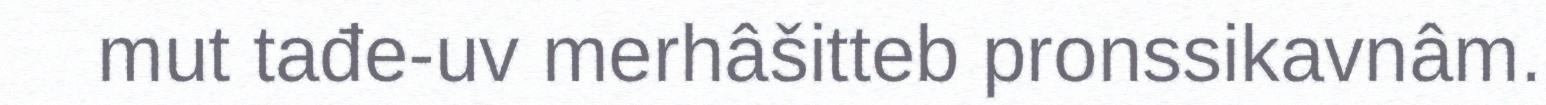
mut tađe-uv merhâšitteb pronssikavnâm.